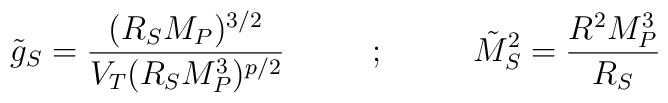
\tilde{g}_S = {(R_S M_P)^{3/2} \over V_T (R_S M_P^3)^{p/2} }  ~~~~~~~~;~~~~~~~~ \tilde{M}_S^2 = {R^2 M_P^3 \over R_S}